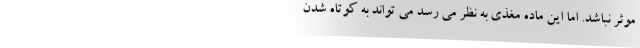
موثر نباشد. اما این ماده مغذی به نظر می رسد می تواند به کوتاه شدن